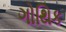
ગોથિક